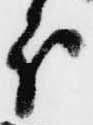
分